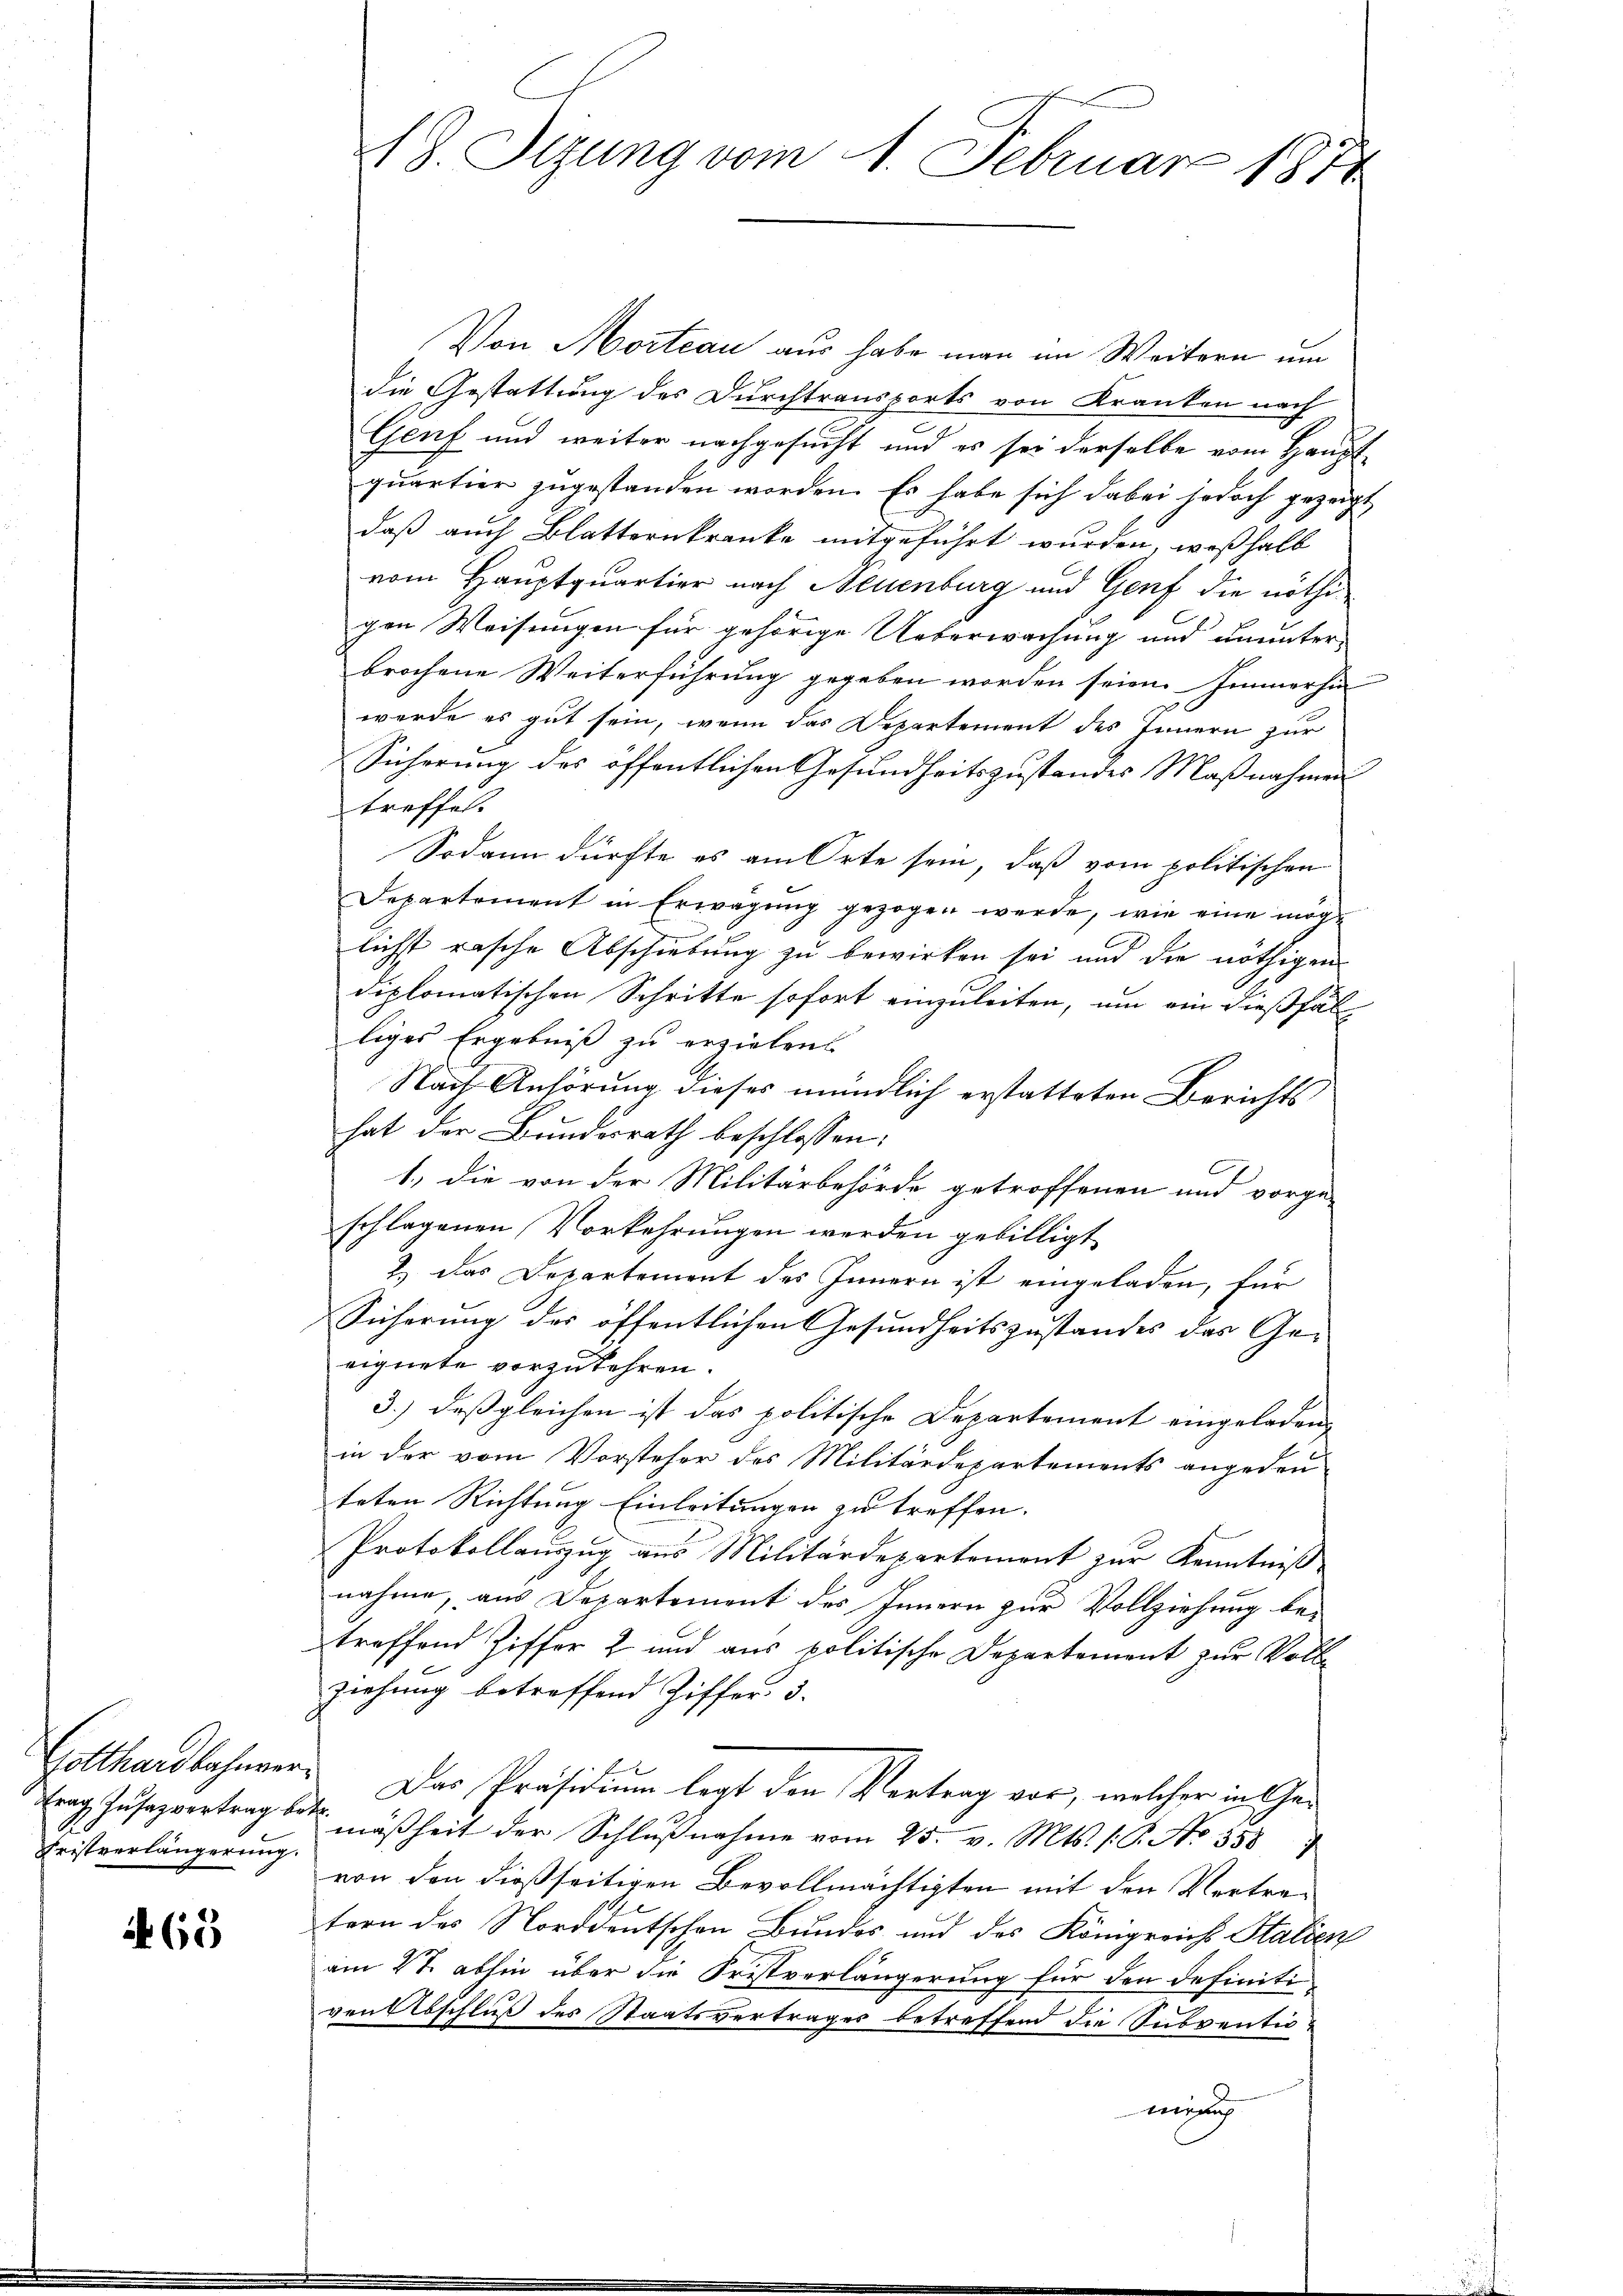
Fristverlängerung.

465

18. Sizung vom 1. Februar 1874

Von Morteau aus habe man im Weitern um
die Gestattung des Durchtransports von Kranken nach
Genf und weiter nachgesucht und es sei derselbe vom Haupt
quartier zugestanden worden. Es habe sich dabei jedoch gezeigt
daß auch Blatternkranke mitgeführt wurden, weßhalb
vom Hauptquartier nach Neuenburg und Genf die nöthigen Weisungen für gehörige Ueberwachung und ununter-
brochene Weiterführung gegeben worden seien. Immerhin
werde es gut sein, wenn das Departement des Innern zur
Sicherung des öffentlichen Gesundheitszustandes Maßnahmen
treffet.
Sodann dürfte es am Orte sein, daß vom politischen
Departement in Erwägŭng gezogen werde, wie eine mög-
licht rasche Abschiebung zu bewirken sei und die nöthigen
diplomatischen Schritte sofort einzuleiten, um ein dießfäl
liges Ergebniß zu erziehen.
Nach Anhörung dieses mündlich erstatteten Berichts
hat der Bundesrath beschlossen:
C
1.) die von der Militärbehörde getroffenen und vorge-
schlagenen Vorkehrungen werden gebilligt
2.) Das Departement des Innern ist eingeladen, für
Sicherung des öffentlichen Gesundheitszustandes das Geeignete vorzukehren.
3.) daß gleichen ist das politische Departement eingeladen,
in der vom Vorsteher des Militärdepartements angedeu-
teten Richtung Einleitungen zu treffen.
Protokollauszug aus Militärdepartemont zur Kenntniß
nahme, aus Departement des Innern zur Vollziehung be-
treffend Ziffer 2 und aus politische Departement zur Vollziehung betreffend Ziffer, 3.
Gotthardbahnger. Das Präsidium legt den Vertrag vor, welcher in Getrag Iusazvertrag bei mäßheit der Schlŭβnahme vom 25. v. Mts. 1. 6. No. 558
von den dießseitigen Bevollmächtigten mit den Vertretern des Norddeutschen Bundes und des Königreichs Stalien
am 27. abhin über die Fristverlängerung für den definiti-
venabschluß des Staatsvertrages betreffend die Subventiowenig